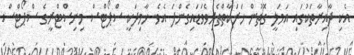
އެކި ދާއިރާތަކުގައި އަމަލީ ގޮތުން ހަރަކާތްތެރިވެވަޑައިގެންފަ އެވެ. ހާމިދަކީ ސްޕޯޓްސް މިނިސްޓްރީގެ ސްޕޯޓްސް